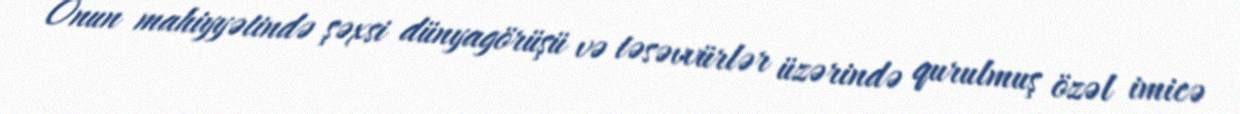
Onun mahiyyətində şəxsi dünyagörüşü və təsəvvürlər üzərində qurulmuş özəl imicə